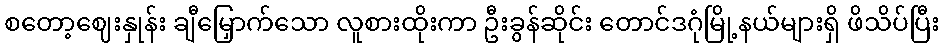
စတော့ဈေးနှုန်း ချီမြှောက်သော လူစားထိုးကာ ဦးခွန်ဆိုင်း တောင်ဒဂုံမြို့နယ်များရှိ ဖိသိပ်ပြီး